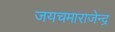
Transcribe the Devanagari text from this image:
जयचमाराजेन्द्र